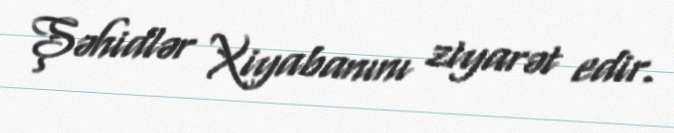
Şəhidlər Xiyabanını ziyarət edir.